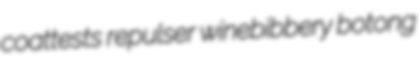
coattests repulser winebibbery botong